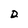
Character: D